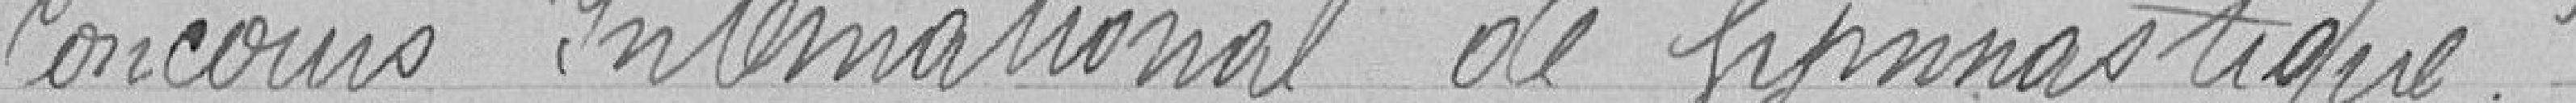
Concours International de Gymnastique.